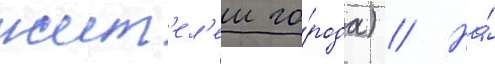
жит'ел'еи го́рода) // На́